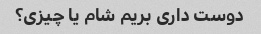
دوست داری بریم شام یا چیزی؟